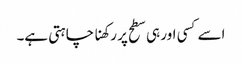
اسے کسی اور ہی سطح پر رکھنا چاہتی ہے۔